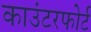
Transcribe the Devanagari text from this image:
काउंटरफोर्ट